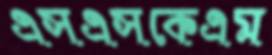
এসএসকেএম